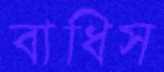
বাধিস